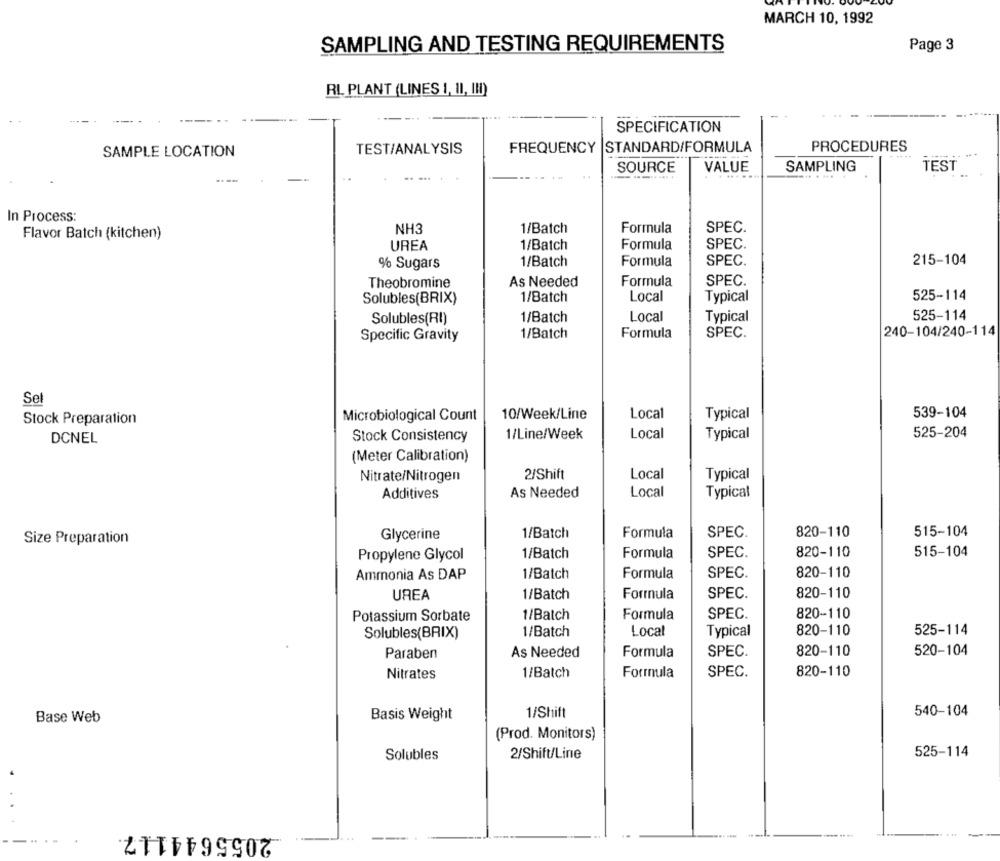
MARCH 10, 1992
SAMPLING AND TESTING REQUIREMENTS
Page 3
RL PLANT (LINES 1, 11, III)
SPECIFICATION
PROCEDURES
SAMPLE LOCATION
TEST/ANALYSIS
FREQUENCY
STANDARD/FORMULA
SOURCE
VALUE
SAMPLING
TEST
In Process:
NH3
1/Batch
Formula
SPEC.
Flavor Batch (kitchen)
UREA
1/Batch
Formula
SPEC.
215-104
% Sugars
1/Batch
Formula
SPEC.
Theobromine
As Needed
Formula
SPEC.
Solubles(BRIX)
1/Batch
Local
Typical
525-114
1/Batch
Local
Typical
525-114
Solubles(RI)
1/Batch
Formula
SPEC.
240-104/240-114
Specific Gravity
Sel
Local
Typical
539-104
Stock Preparation
Microbiological Count
10/Week/Line
DCNEL
Stock Consistency
1/Line/Week
Local
Typical
525-204
(Meter Calibration)
Nitrate/Nitrogen
2/Shift
Local
Typical
Additives
As Needed
Local
Typical
1/Batch
Formula
SPEC
820-110
515-104
Size Preparation
Glycerine
SPEC.
Propylene Glycol
1/Batch
Formula
820-110
515-104
Ammonia As DAP
1/Batch
Formula
SPEC.
820-110
UREA
1/Batch
Formula
SPEC.
820-110
Potassium Sorbate
1/Batch
Formula
SPEC.
820-110
Solubles(BRIX)
1/Batch
Local
Typical
820-110
525-114
Paraben
As Needed
Formula
SPEC.
820-110
520-104
SPEC.
820-110
Nitrates
1/Batch
Formula
Basis Weight
1/Shift
540-104
Base Web
(Prod. Monitors)
Solubles
2/Shift/Line
525-114
2055644117
--